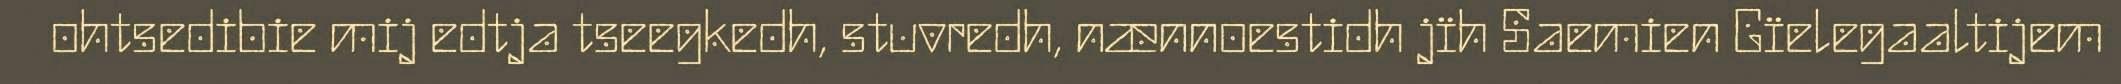
ohtsedibie mij edtja tseegkedh, stuvredh, nænnoestidh jïh Saemien Gïelegaaltijem